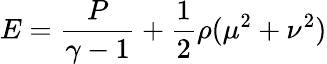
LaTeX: E=\frac{P}{\gamma-1}+\frac{1}{2}\rho(\mu^{2}+\nu^{2})